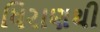
ધિરાણથી